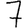
Digit: 7